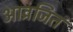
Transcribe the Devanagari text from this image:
आव्रजित